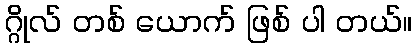
ဂ္ဂိုလ် တစ် ယောက် ဖြစ် ပါ တယ်။